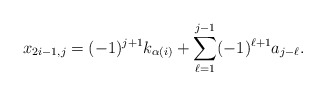
\begin{align*} x_{2i-1,j} = (-1)^{j+1} k_{\alpha(i)} + \sum_{\ell=1}^{j-1} (-1)^{\ell+1} a_{j-\ell}.\end{align*}